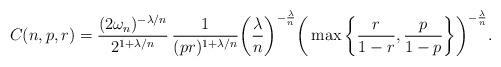
LaTeX: \begin{align*}C(n,p,r) = \frac{(2\omega_n)^{-\lambda/n}}{2^{1+\lambda/n}} \, \frac1{(pr)^{1+\lambda/n}} \bigg(\frac\lambda n\bigg)^{-\frac \lambda n} \bigg(\max\bigg\{\frac{r}{1-r}, \frac{p}{1-p}\bigg\}\bigg)^{- \frac \lambda n}.\end{align*}